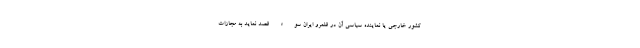
کشور خارجی یا نماینده سیاسی آن در قلمرو ایران سوء‌ قصد نماید به مجازات